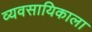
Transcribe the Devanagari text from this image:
व्यवसायिकाला